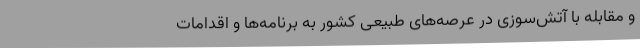
و مقابله با آتش‌سوزی در عرصه‌های طبیعی کشور به برنامه‌ها و اقدامات